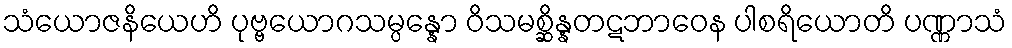
သံယောဇနိယေဟိ ပုဗ္ဗယောဂသမ္ပန္နော ဝိသမစ္ဆိန္နတဋဘာဝေန ပါစရိယောတိ ပဏ္ဏာသံ